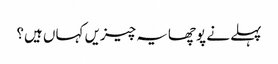
پہلے نے پوچھایہ چیزیں کہاں ہیں؟